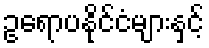
ဥရောပနိုင်ငံများနှင့်